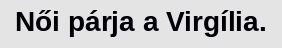
Női párja a Virgília.